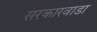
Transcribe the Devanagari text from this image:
सरकारवाडा